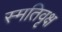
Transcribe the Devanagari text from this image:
स्मतिवृक्ष